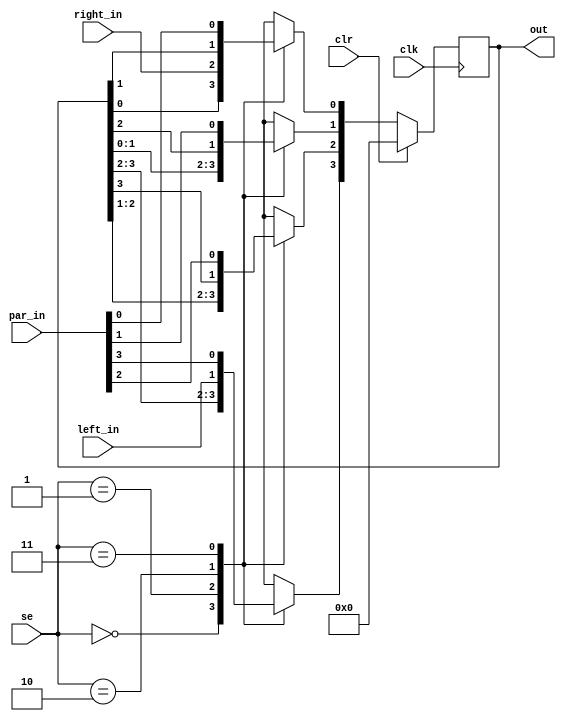
module Universal_SR(clk,left_in,right_in,par_in,se,clr,out);

input [1:0]se;
input clk,left_in,right_in,clr;
input [3:0]par_in;
output reg [3:0]out;
//output shift_out_left,shift_out_right;

//assign shift_out_right = out[3];
//assign shift_out_left = out[0];

always@(posedge clk)
begin

if(clr)
	out = 4'b0000;
else

begin
	case(se)
	2'b00: begin
		out[0] <= out[0];
		out[1] <= out[1];
		out[2] <= out[2];
		out[3] <= out[3];
	end
	2'b01: begin
		out <= out << 1;
		out[0] <= right_in;
	end
	2'b10: begin
		out <= out >> 1;
		out[3] <= left_in;
	end
	2'b11: begin
		out[0] = par_in[0];
		out[1] = par_in[1];
		out[2] = par_in[2];
		out[3] = par_in[3];
	end
	endcase
end

end

endmodule